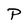
Character: P